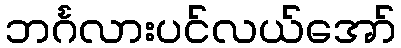
ဘင်္ဂလားပင်လယ်အော်